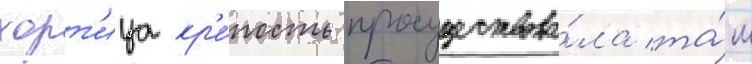
хорт'ица кр'е́пость просуществова́ла та́м